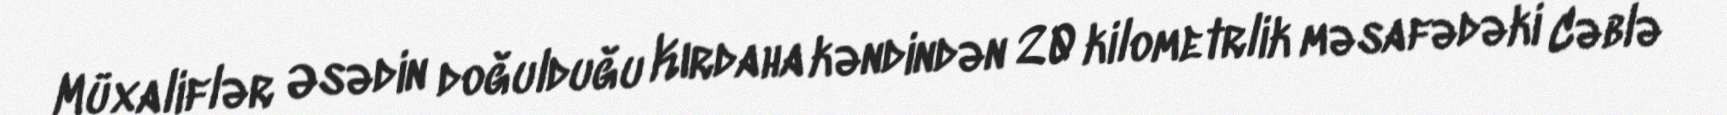
Müxaliflər Əsədin doğulduğu Kırdaha kəndindən 20 kilometrlik məsafədəki Cəblə